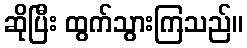
ဆိုပြီး ထွက်သွားကြသည်။